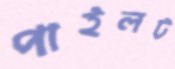
পাইলট